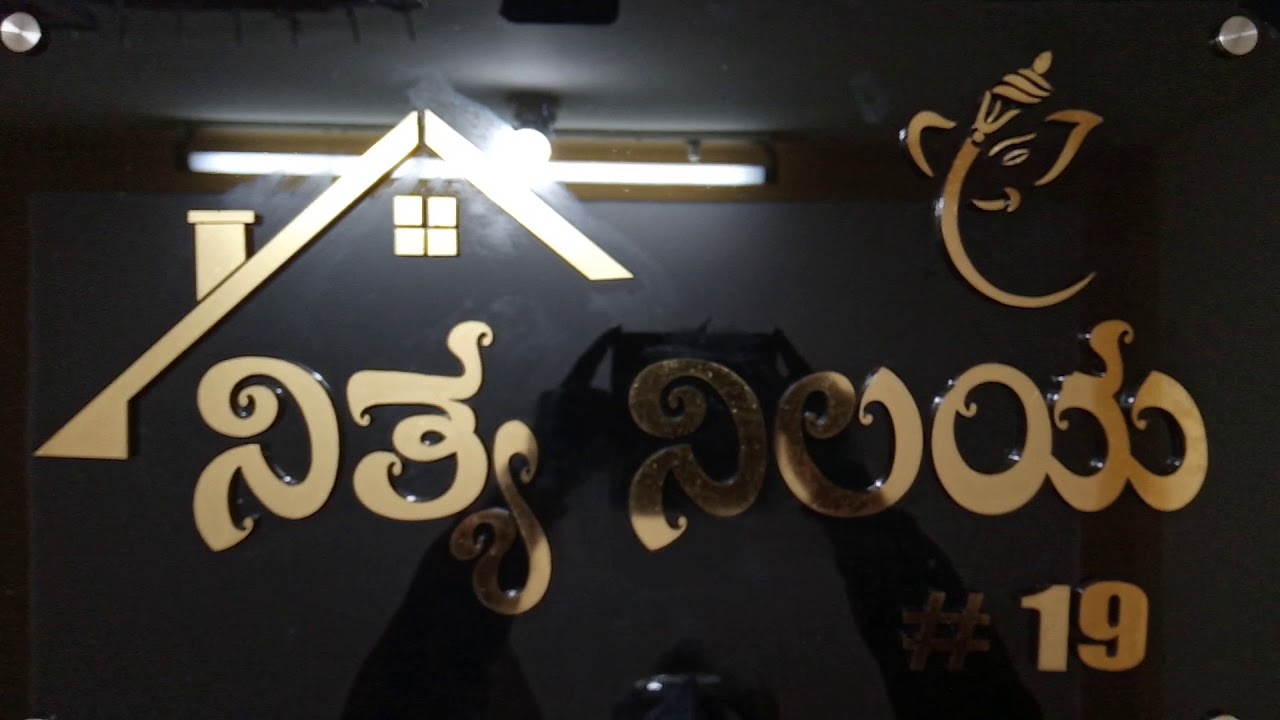
Language: kannada
Transcription: ನಿತ್ಯ ನಿಲಯ